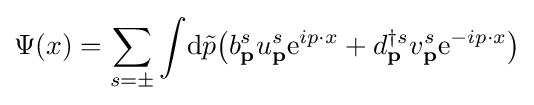
\Psi (x)=\sum _{s=\pm }\int \!\mathrm {d} {\tilde {p}}{\big (}b_{\textbf {p}}^{s}u_{\textbf {p}}^{s}\mathrm {e} ^{ip\cdot x}+d_{\textbf {p}}^{\dagger s}v_{\textbf {p}}^{s}\mathrm {e} ^{-ip\cdot x}{\big )}